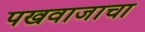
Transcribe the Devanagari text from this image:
पखवाजाचा